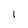
Character: I